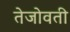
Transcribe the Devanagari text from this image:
तेजोवती